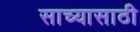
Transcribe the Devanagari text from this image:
साच्यासाठी